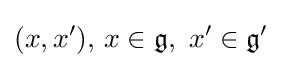
(x,x'),\,x\in {\mathfrak {g}},\ x'\in {\mathfrak {g'}}